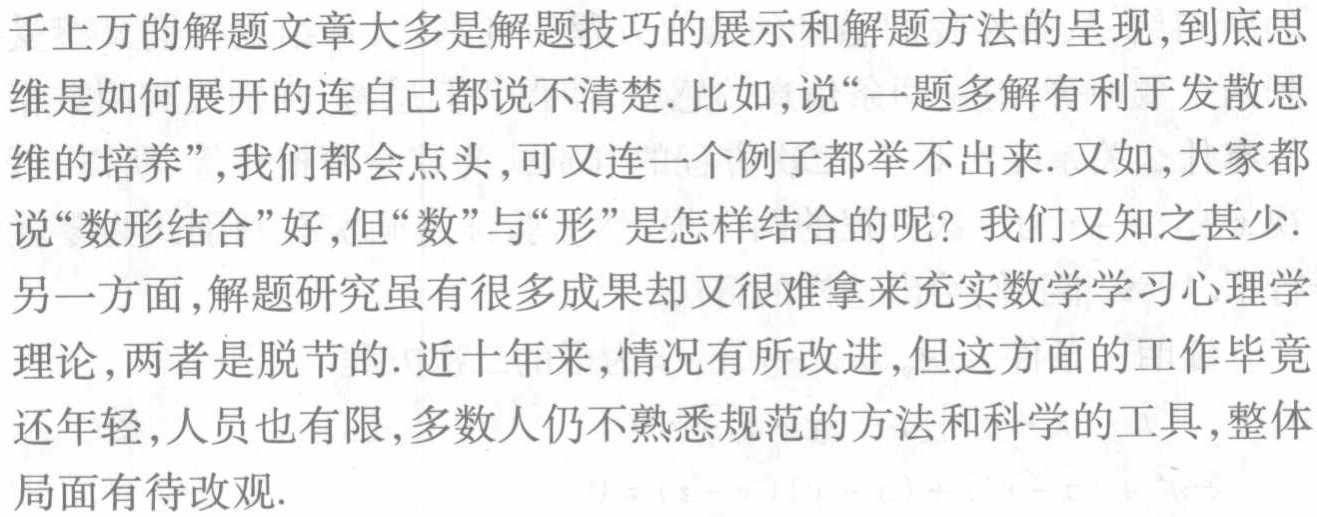
千上万的解题文章大多是解题技巧的展示和解题方法的呈现,到底思

维是如何展开的连自己都说不清楚. 比如,说“一题多解有利于发散思

维的培养”,我们都会点头,可又连一个例子都举不出来. 又如,大家都

说“数形结合”好,但“数”与“形”是怎样结合的呢? 我们又知之甚少.

另一方面,解题研究虽有很多成果却又很难拿来充实数学学习心理学

理论,两者是脱节的. 近十年来,情况有所改进,但这方面的工作毕竟

还年轻,人员也有限,多数人仍不熟悉规范的方法和科学的工具,整体

局面有待改观.